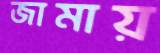
জামায়